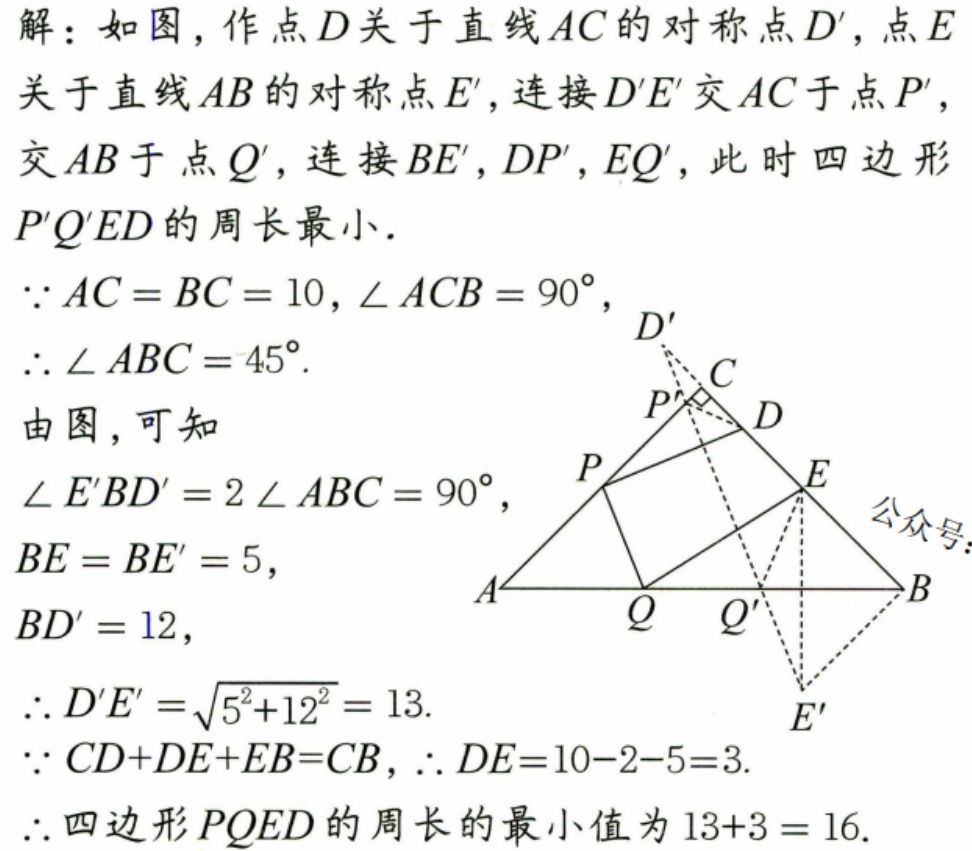
解：如图，作点\(D\)关于直线\(AC\)的对称点\(D'\)，点\(E\)关于直线\(AB\)的对称点\(E'\)，连接\(D'E'\)交\(AC\)于点\(P'\)，交\(AB\)于点\(Q'\)，连接\(BE'\)，\(DP'\)，\(EQ'\)，此时四边形\(P'Q'ED\)的周长最小．
\(\because AC = BC = 10\)，\(\angle ACB = 90^{\circ}\)，
\(\therefore \angle ABC = 45^{\circ}\).
由图，可知
\(\angle E'BD' = 2\angle ABC = 90^{\circ}\)，
\(BE = BE' = 5\)，
\(BD' = 12\)，
\(\therefore D'E'=\sqrt{5^{2}+12^{2}} = 13\).
\(\because CD + DE+EB = CB\)，\(\therefore DE = 10 - 2 - 5 = 3\).
\(\therefore\)四边形\(PQED\)的周长的最小值为\(13 + 3 = 16\).